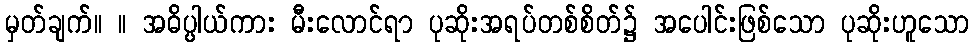
မှတ်ချက်။ ။ အဓိပ္ပါယ်ကား မီးလောင်ရာ ပုဆိုးအရပ်တစ်စိတ်၌ အပေါင်းဖြစ်သော ပုဆိုးဟူသော